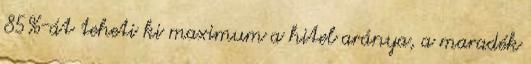
85%-át teheti ki maximum a hitel aránya, a maradék